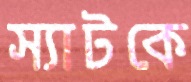
স্যাটকে